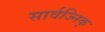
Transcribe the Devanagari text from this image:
सार्वज्निक्